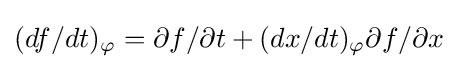
(df/dt)_{\varphi }=\partial f/\partial t+(dx/dt)_{\varphi }\partial f/\partial x